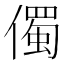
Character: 㒔